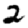
Digit: 2